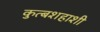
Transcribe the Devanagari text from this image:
कुत्बशहाशी